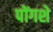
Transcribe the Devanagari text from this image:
पोंगशे